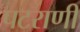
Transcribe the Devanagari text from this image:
पटराणी